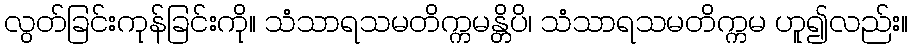
လွတ်ခြင်းကုန်ခြင်းကို။ သံသာရသမတိက္ကမန္တိပိ၊ သံသာရသမတိက္ကမ ဟူ၍လည်း။